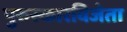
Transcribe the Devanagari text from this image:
पुरुस्कारविजेता